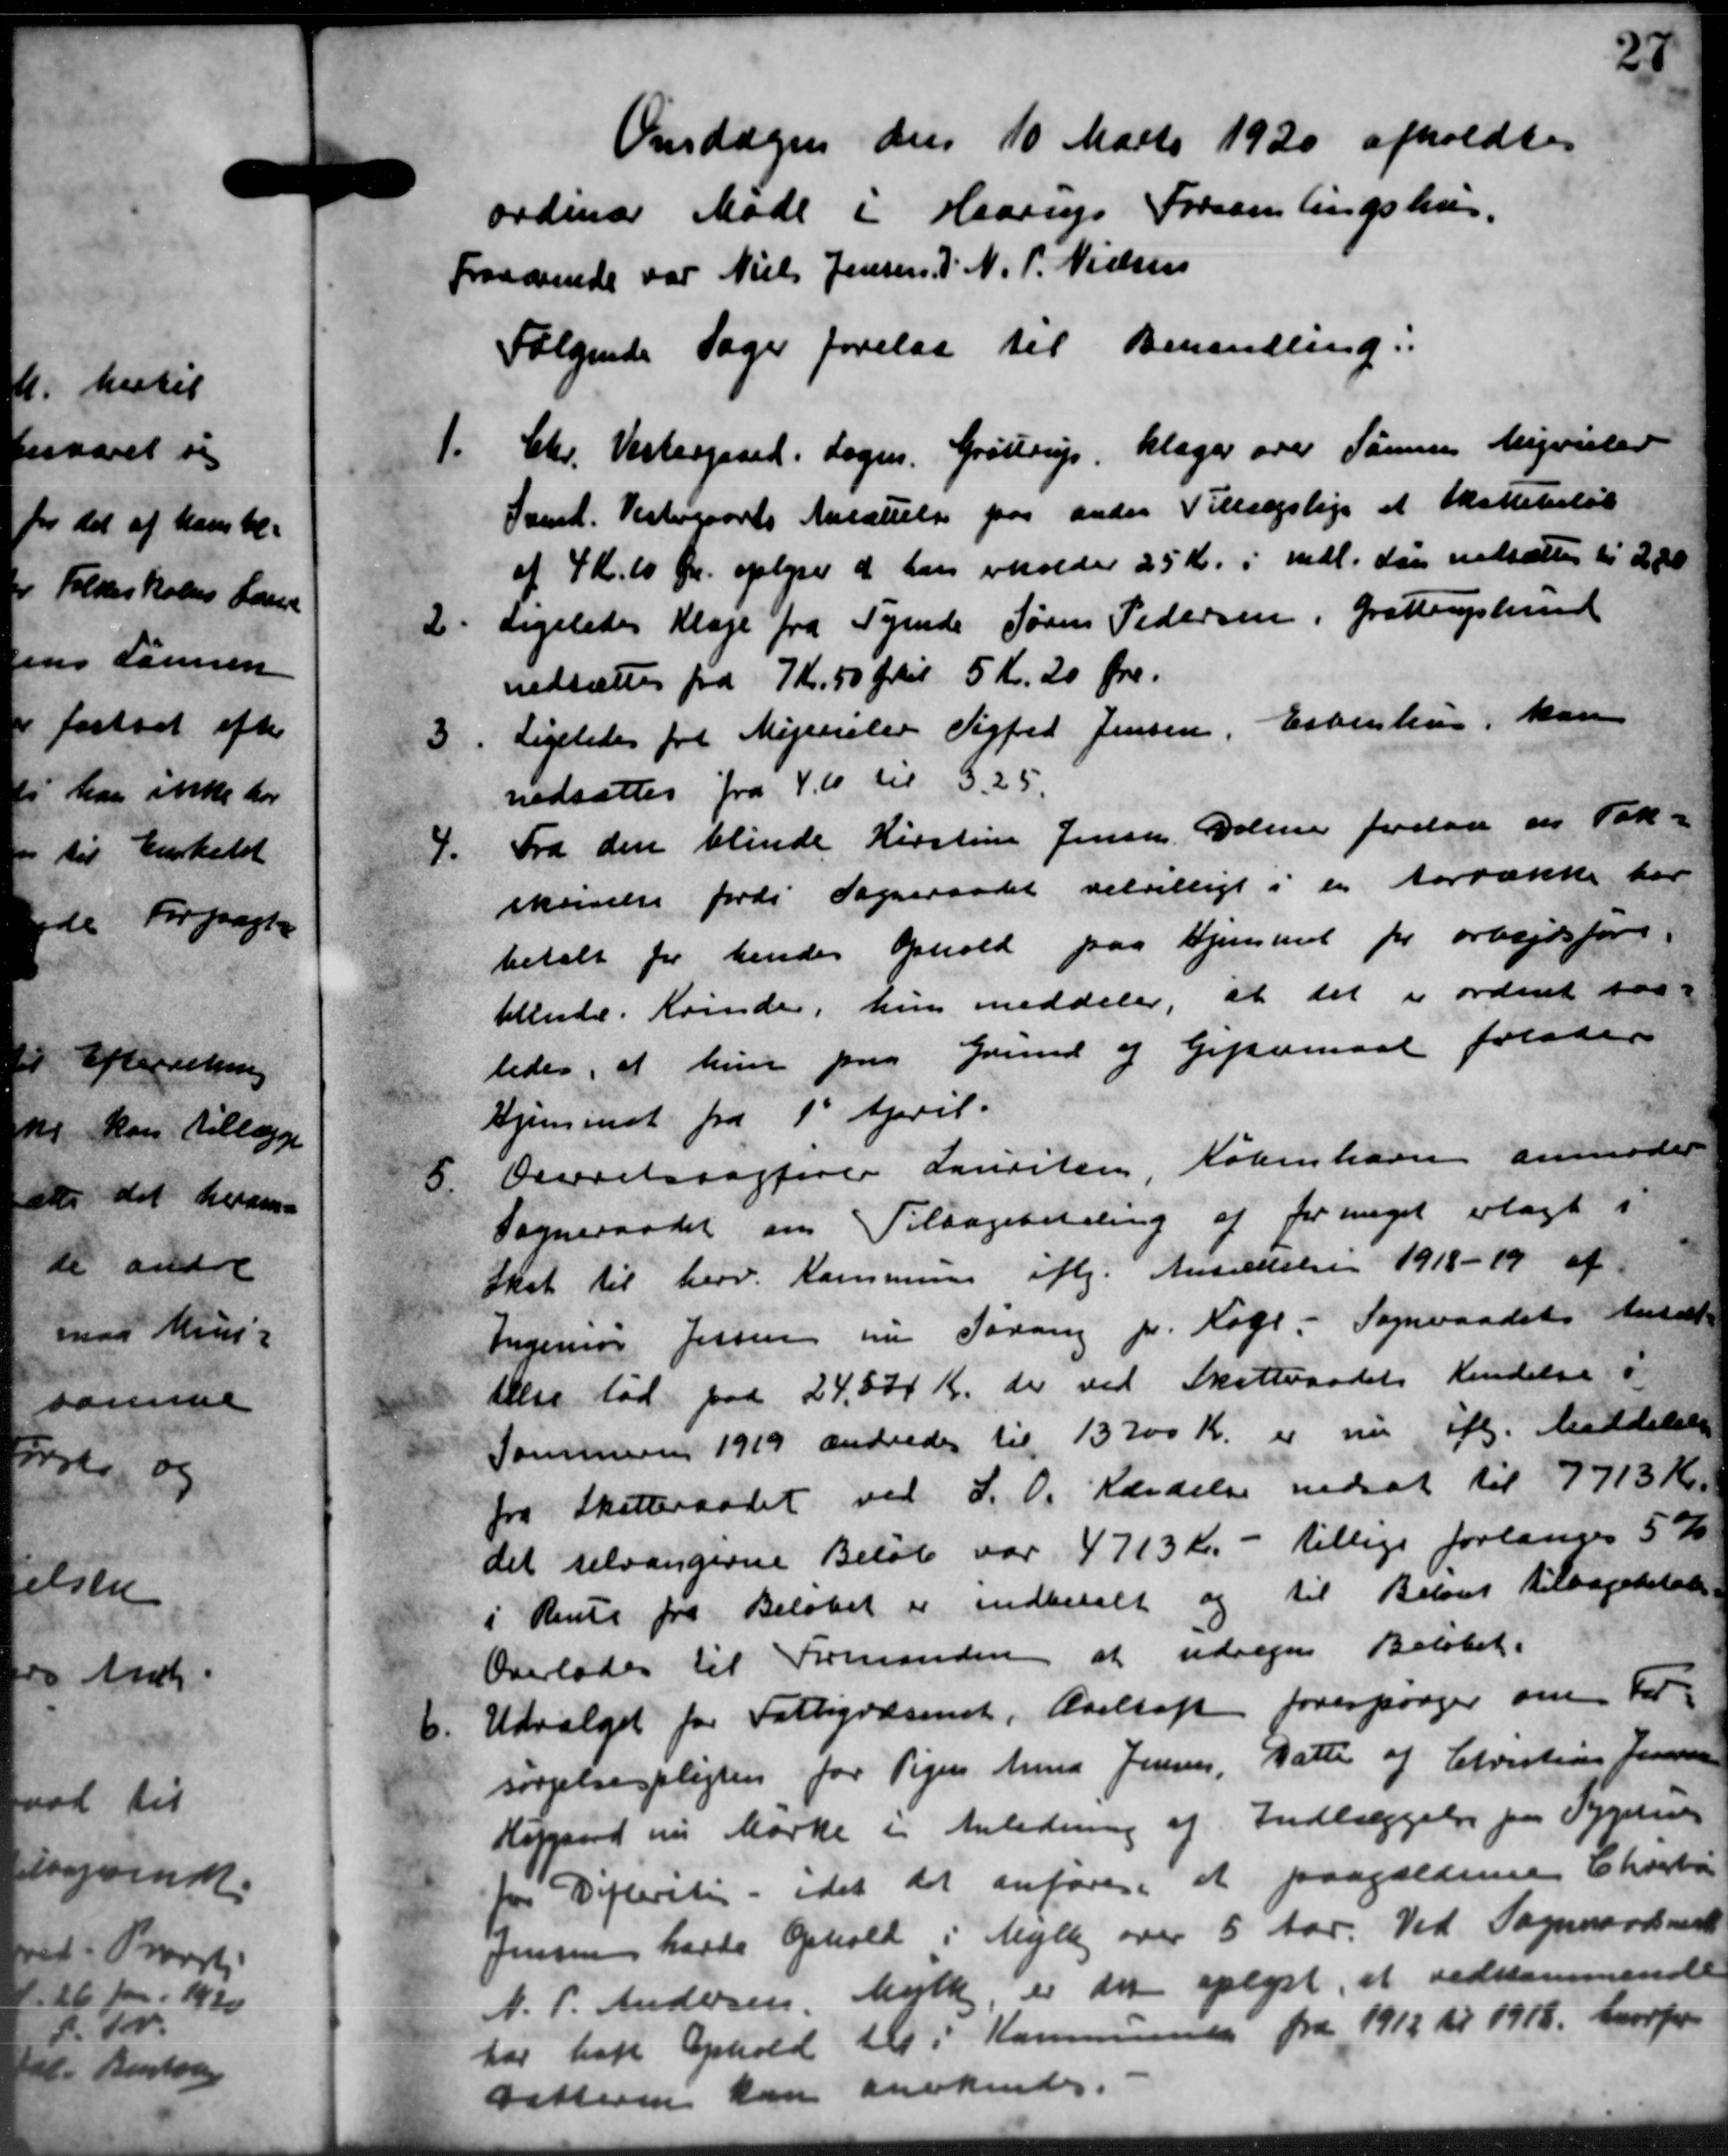
Transskription:
Onsdagen den 10 Marts 1920 afholdtes
ordinær Møde i Haarup Forsamlingshus.
Fraværende var Niels Jensen J. N. P. Nielsen
Følgende Sager forelaa til Bevilling.
Chr. Vestergaard. Sagen. Grøstrup klager over Samme Migvister
1.
Samt. Vestergaards Ansættelse paa ander Tillægslige et Skattebeløb
af 4 Kr. 10 Øre oplyser at han erholder 25 Kr. i mdl. den nedsættes til 200
2.
Ligeledes Klage fra Tyende Søren Pedersen, Grøttruphund
nedsættes fra 7 Kr. 50 Ørtil 5 Kr. 20 Øre.
3
Ligeledes fra Mejerieler Sigfred Jensen, Esbenhus, kan
nedsættes fra 4. 10 til 3.25.
4.
Fra den blinde Kirstine Jensen, Dolme forelaa en Tak-
skrivelse fordi Sogneraadet velvilligt i en Aarrække har
betalt for hendes Ophold paa Hjemmet for arbejdsfore-
blende. Krinde, hun meddeler, at det i ordnet saa-
ledes, at hun paa Grund af Giftermaal folde
Hjemmet fra 1' April.
5.
Oeveretssagfører Lauriten København anmoder
Sogneraadet om Tilbagebetaling af for meget erlagt i
Skat til herv. Kommune iflg. Ansættelse 1918-19 af
Ingeniør Jensen om Forang pr. Køge. Sogneraadets Ansæt-
telse lød paa 24.500 Kr. der ved Skatteraadets Kendelse og
Sammern 1919 ændredes til 13700 Kr. er nu ift. Meddelelse
fra Skatteraadet ved S. O. Randelse nedsat til 7713 Kr.
det selvangerne Beløb var 4713 Kr. - tillige forlanges 5 %
i Rente fra Beløbet er indbetalt og til Beløbet tilbagebetale
Overlodes til Formanden at udregne Beløbet.
6.
Udvalget for Fattigvæsenet, Aarhaft forespørger om For-
sørgelsespligten for Pigen Anna Jensen, Datte af Christian Jensen
Højgaard nu Mærke i Anledning af Indlæggelse paa Sygekasse
for Difterstig - idet det anføres at paagælderne Ehvertu
Jensen havde Ophold i Mejlby over 5 Aar. Ved Sogneraadsmed
N. P. Andersen Mejlby, er der oplyst, at vedkommende
har haft Ophold til i Kommunen fra 1912 til 1918, hvorfor
Detteren kan anerkendes.